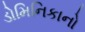
ડોમિનિકાનો